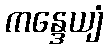
ကန္ဒေယျံ